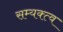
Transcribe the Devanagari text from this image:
सम्यक्त्व